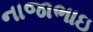
નાજાભાઇ